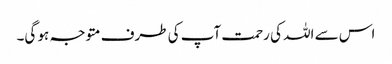
اس سے اللہ کی رحمت آپ کی طرف متوجہ ہو گی۔